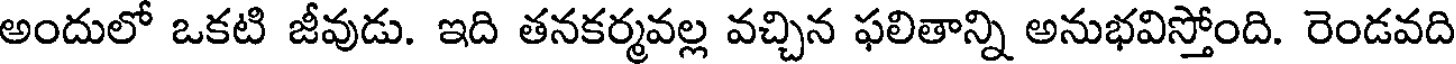
అందులో ఒకటి జీవుడు. ఇది తనకర్మవల్ల వచ్చిన ఫలితాన్ని అనుభవిస్తోంది. రెండవది